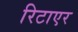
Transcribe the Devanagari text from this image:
रिटाएर